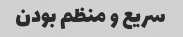
سریع و منظم بودن